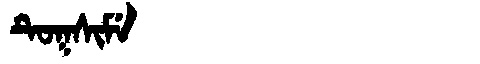
Manchu: ᡨᡠᡴᠰᡳᠮᡝ
Romanization: TUKSIME